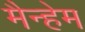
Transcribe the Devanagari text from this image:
मैन्हेम